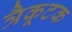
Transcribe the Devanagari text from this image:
त्रैकूटक